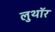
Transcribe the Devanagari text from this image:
लुथाॅर